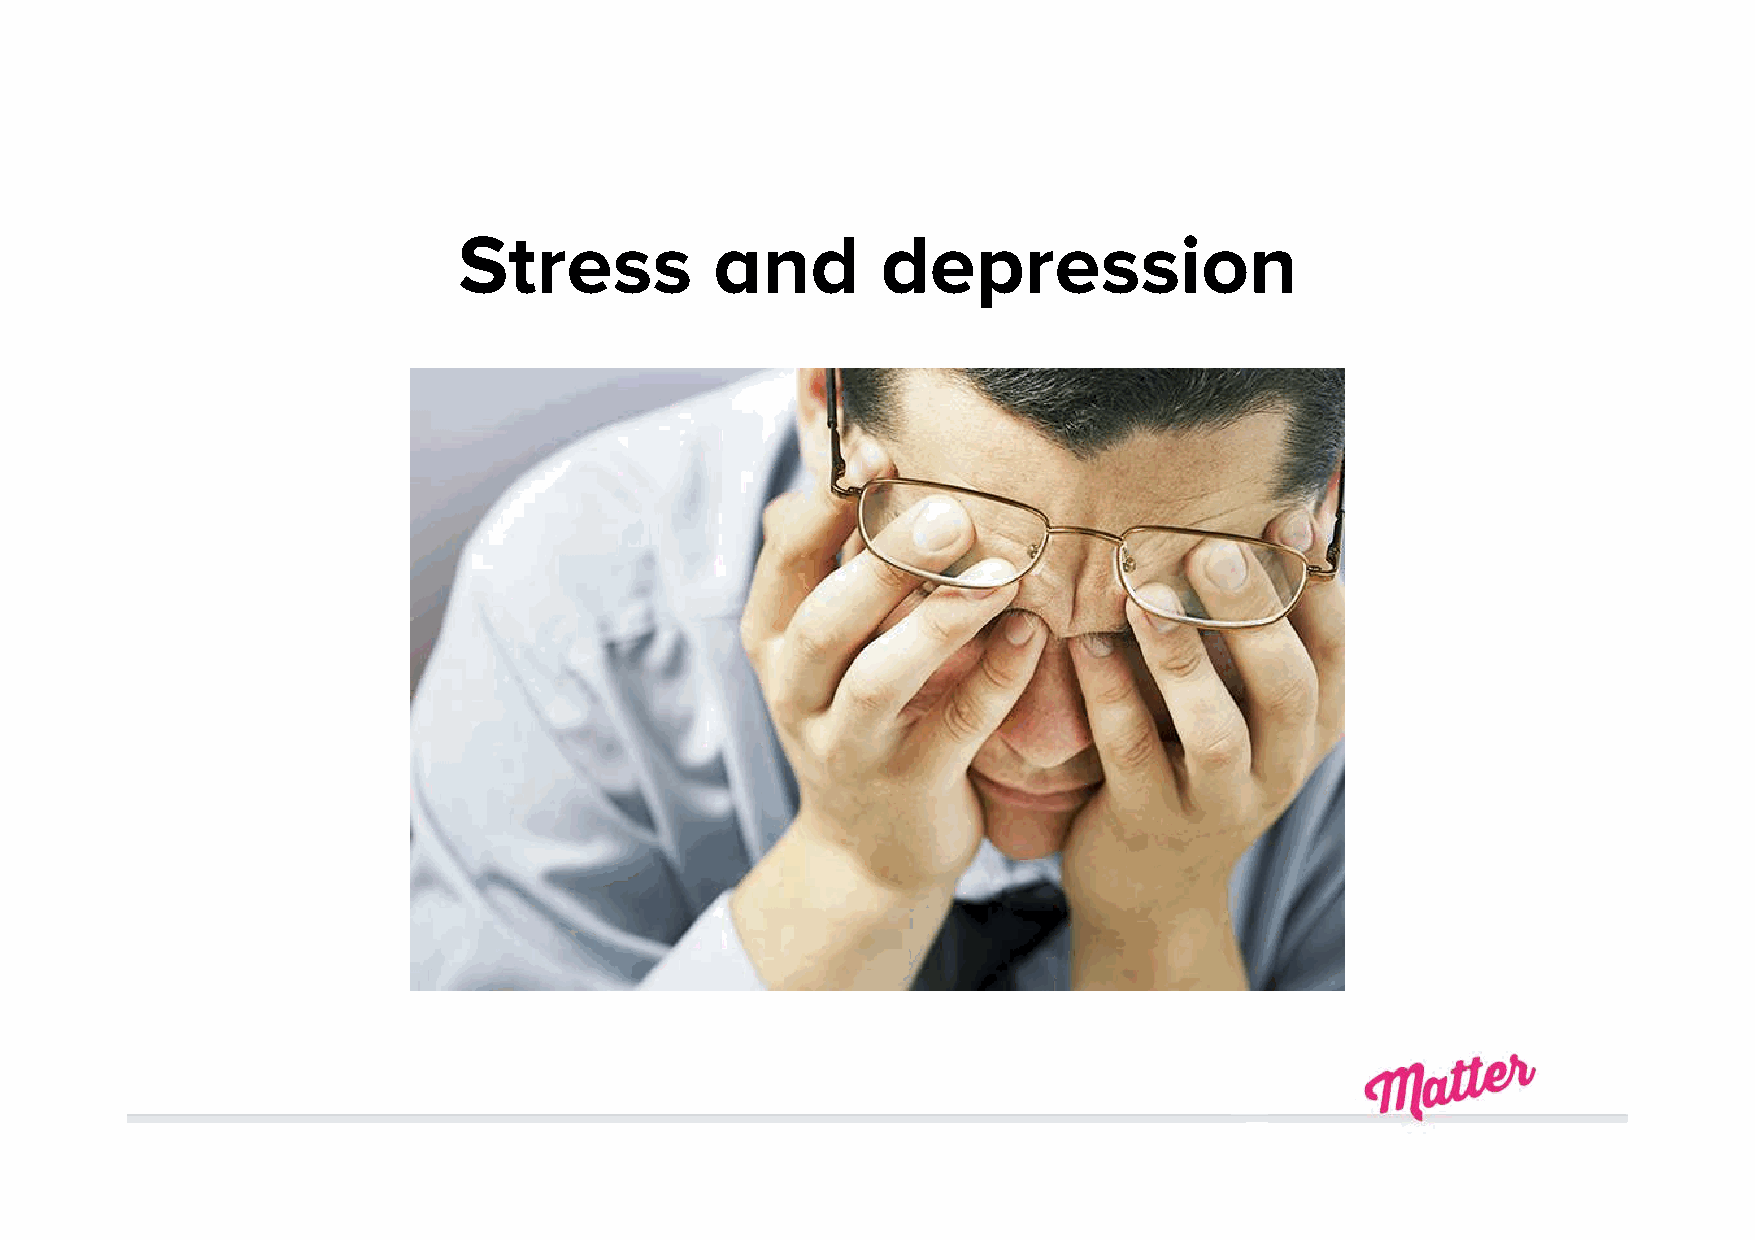
Stress           and        depression